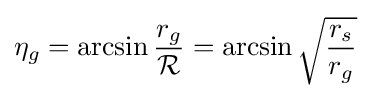
\eta _{g}=\arcsin {\frac {r_{g}}{\mathcal {R}}}=\arcsin {\sqrt {\frac {r_{s}}{r_{g}}}}